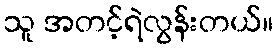
သူ အတင့်ရဲလွန်းတယ်။